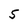
Character: 5